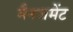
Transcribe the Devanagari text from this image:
मैनजमेंट